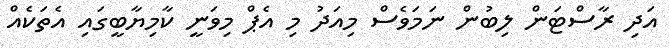
އަދި ރާސްޓަން ލިބުން ނަމަވެސް މިއަދު މި އެޕް މިވަނީ ކާމިޔާބީގައި އެތަކެއް